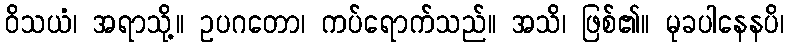
ဝိသယံ၊ အရာသို့။ ဥပဂတော၊ ကပ်ရောက်သည်။ အသိ၊ ဖြစ်၏။ မုခပါနေနပိ၊